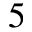
^ 5